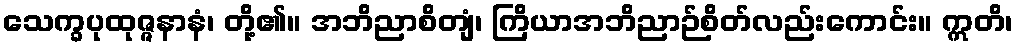
သေက္ခပုထုဇ္ဇနာနံ၊ တို့၏။ အဘိညာစိတျံ၊ ကြိယာအဘိညာဉ်စိတ်လည်းကောင်း။ ဣတိ၊